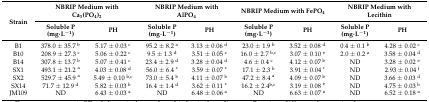
<table><thead><tr><td rowspan="2"><b>Strain</b></td><td colspan="2"><b>NBRIP Medium with Ca<sub>3</sub>(PO<sub>4</sub>)<sub>2</sub></b></td><td colspan="2"><b>NBRIP Medium with AlPO<sub>4</sub></b></td><td colspan="2"><b>NBRIP Medium with FePO<sub>4</sub></b></td><td colspan="2"><b>NBRIP Medium with Lecithin</b></td></tr><tr><td><b>Soluble P (mg·L<sup>−1</sup>)</b></td><td><b>PH</b></td><td><b>Soluble P (mg·L<sup>−1</sup>)</b></td><td><b>PH</b></td><td><b>Soluble P (mg·L<sup>−1</sup>)</b></td><td><b>PH</b></td><td><b>Soluble P (mg·L<sup>−1</sup>)</b></td><td><b>PH</b></td></tr></thead><tbody><tr><td>B1</td><td>378.0 ± 35.7 <sup>b</sup></td><td>5.17 ± 0.03 <sup>c</sup></td><td>95.2 ± 8.2 <sup>a</sup></td><td>3.13 ± 0.06 <sup>d</sup></td><td>23.0 ± 1.9 <sup>b</sup></td><td>3.52 ± 0.08 <sup>d</sup></td><td>0.4 ± 0.1 <sup>b</sup></td><td>4.28 ± 0.02 <sup>c</sup></td></tr><tr><td>B10</td><td>208.9 ± 27.3 <sup>c</sup></td><td>5.06 ± 0.22 <sup>c</sup></td><td>9.5 ± 1.3 <sup>d</sup></td><td>3.51 ± 0.05 <sup>c</sup></td><td>16.0 ± 2.7 <sup>b,c</sup></td><td>3.07 ± 0.10 <sup>e</sup></td><td>2.0 ± 0.2 <sup>a</sup></td><td>3.58 ± 0.04 <sup>d</sup></td></tr><tr><td>B14</td><td>307.8 ± 13.7 <sup>b</sup></td><td>5.07 ± 0.41 <sup>c</sup></td><td>23.4 ± 2.9 <sup>d</sup></td><td>3.28 ± 0.04 <sup>d</sup></td><td>4.6 ± 0.4 <sup>c</sup></td><td>4.12 ± 0.07 <sup>b</sup></td><td>ND</td><td>3.28 ± 0.02 <sup>e</sup></td></tr><tr><td>SX1</td><td>493.1 ± 21.2 <sup>a</sup></td><td>4.03 ± 0.08 <sup>d</sup></td><td>56.0 ± 6.4 <sup>c</sup></td><td>3.59 ± 0.07 <sup>c</sup></td><td>17.1 ± 2.3 <sup>b</sup></td><td>3.91 ± 0.04 <sup>c</sup></td><td>ND</td><td>2.93 ± 0.04 <sup>f</sup></td></tr><tr><td>SX2</td><td>529.7 ± 45.9 <sup>a</sup></td><td>5.49 ± 0.10 <sup>b,c</sup></td><td>73.0 ± 5.4 <sup>b</sup></td><td>4.11 ± 0.07 <sup>b</sup></td><td>47.2 ± 8.4 <sup>a</sup></td><td>4.09 ± 0.07 <sup>b</sup></td><td>ND</td><td>3.66 ± 0.03 <sup>d</sup></td></tr><tr><td>SX14</td><td>71.7 ± 12.9 <sup>d</sup></td><td>5.82 ± 0.03 <sup>b</sup></td><td>16.4 ± 1.4 <sup>d</sup></td><td>3.62 ± 0.11 <sup>c</sup></td><td>16.2 ± 2.4<sup>b,c</sup></td><td>3.19 ± 0.08 <sup>e</sup></td><td>ND</td><td>4.75 ± 0.03 <sup>b</sup></td></tr><tr><td>JM109</td><td>ND</td><td>6.43 ± 0.03 <sup>a</sup></td><td>ND</td><td>6.48 ± 0.06 <sup>a</sup></td><td>ND</td><td>6.63 ± 0.07 <sup>a</sup></td><td>ND</td><td>6.52 ± 0.18 <sup>a</sup></td></tr></tbody></table>